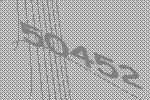
50452